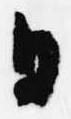
日